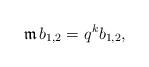
LaTeX: \begin{align*}\mathfrak{m}\, b_{1,2} = q^k b_{1,2},\end{align*}